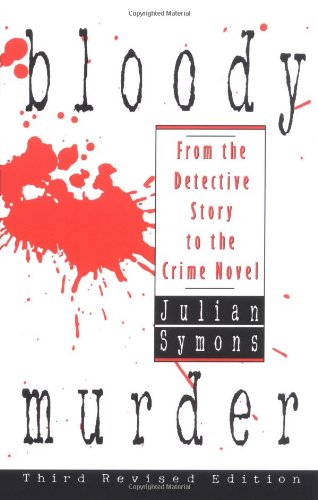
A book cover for Bloody Murder: From the Detective Story to the Crime Novel; Julian Symons; Mystery, Thriller & Suspense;